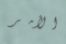
الأمر